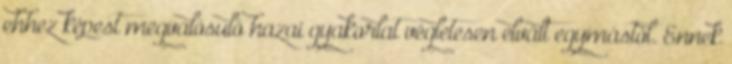
ehhez képest megvalósuló hazai gyakorlat végletesen elvált egymástól. Ennek